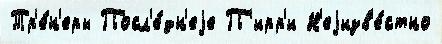
Тр'е́н'еры Посл'е́дн'еjе П'ирр'и Н'еjизв'е́стно